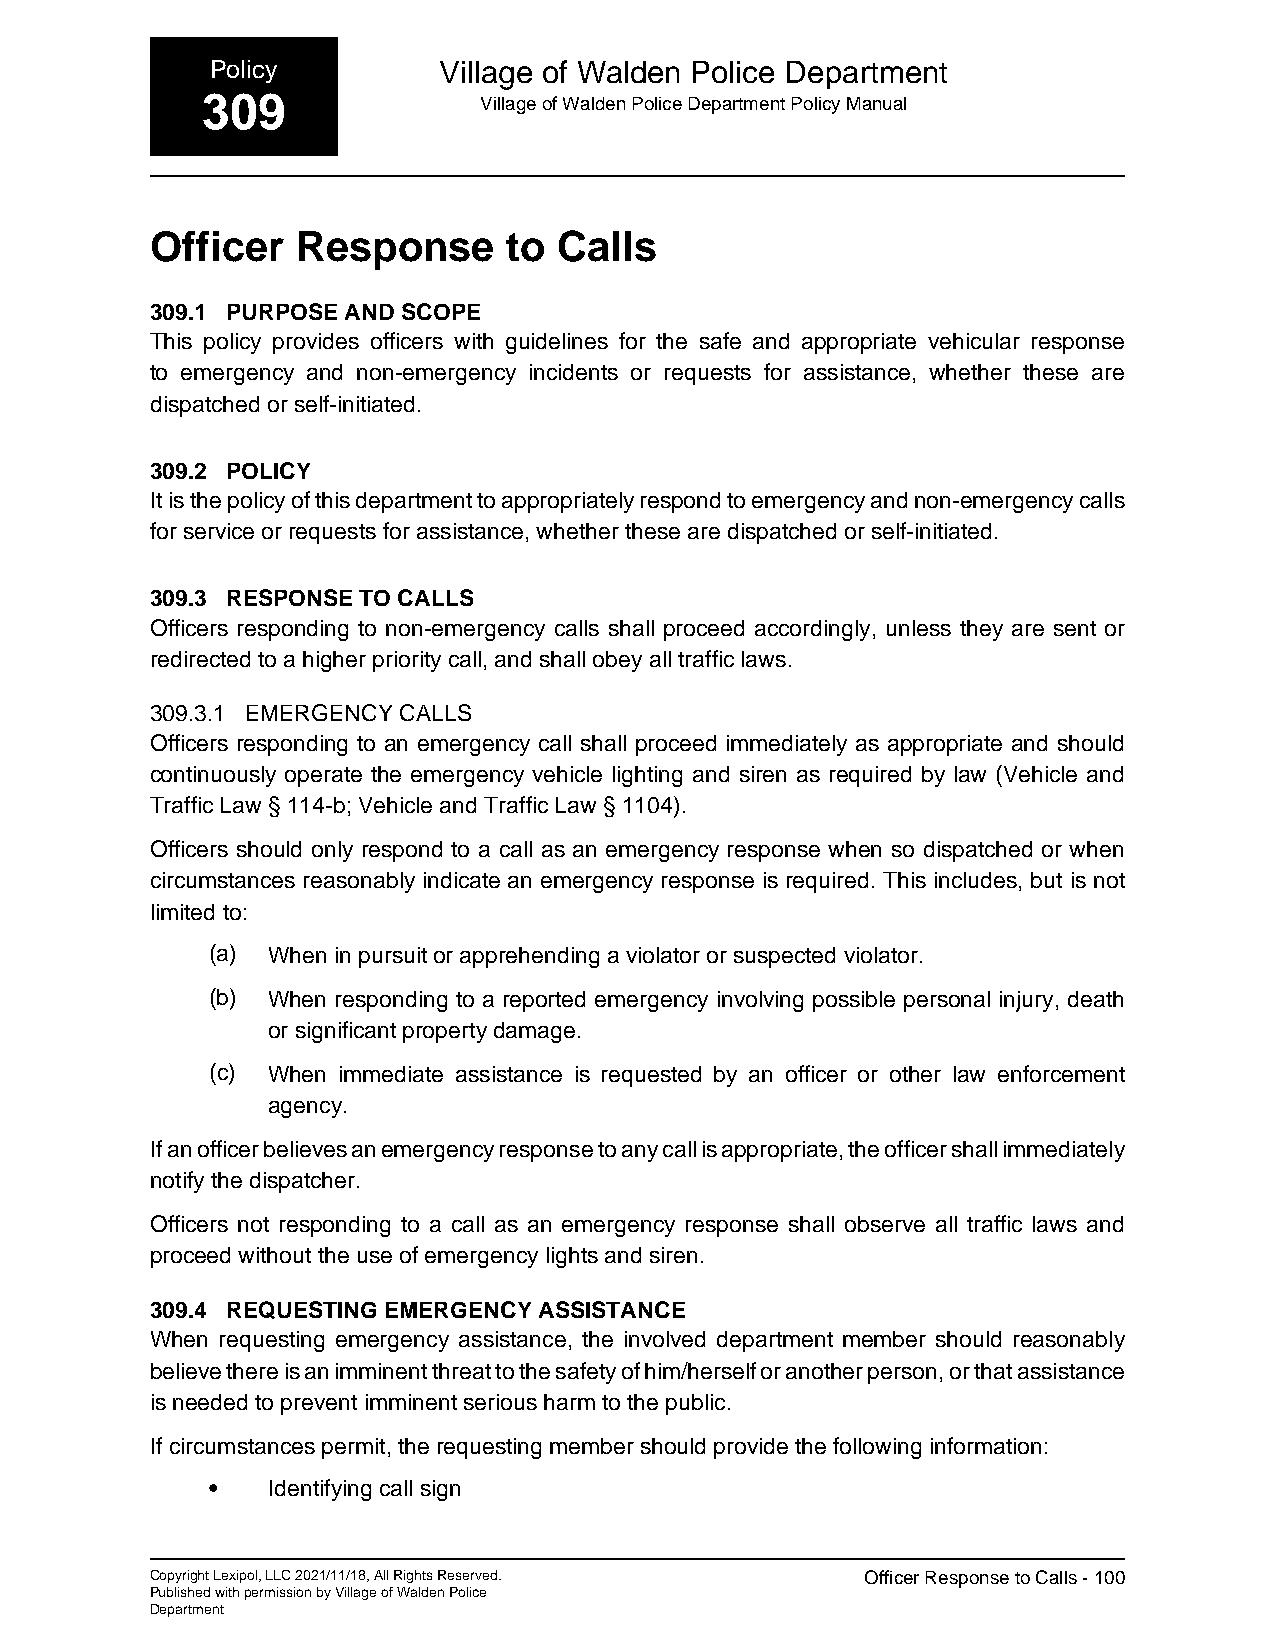
Policy         Village of Walden Police Department
 309                Village of Walden Police Department Policy Manual
 Officer   Response      to Calls
 309.1 PURPOSE AND SCOPE
 This policy provides officers with guidelines for the safe and appropriate vehicular response
 to emergency and non-emergency incidents or requests for assistance, whether these are
 dispatched or self-initiated.
 309.2 POLICY
 It is the policy of this department to appropriately respond to emergency and non-emergency calls
 for service or requests for assistance, whether these are dispatched or self-initiated.
 309.3 RESPONSE TO CALLS
 Officers responding to non-emergency calls shall proceed accordingly, unless they are sent or
 redirected to a higher priority call, and shall obey all traffic laws.
 309.3.1 EMERGENCY CALLS
 Officers responding to an emergency call shall proceed immediately as appropriate and should
 continuously operate the emergency vehicle lighting and siren as required by law (Vehicle and
 Traffic Law § 114-b; Vehicle and Traffic Law § 1104).
 Officers should only respond to a call as an emergency response when so dispatched or when
 circumstances reasonably indicate an emergency response is required. This includes, but is not
 limited to:
 (a) When in pursuit or apprehending a violator or suspected violator.
 (b) When responding to a reported emergency involving possible personal injury, death
 or significant property damage.
 (c) When immediate assistance is requested by an officer or other law enforcement
 agency.
 If an officer believes an emergency response to any call is appropriate, the officer shall immediately
 notify the dispatcher.
 Officers not responding to a call as an emergency response shall observe all traffic laws and
 proceed without the use of emergency lights and siren.
 309.4 REQUESTING EMERGENCY ASSISTANCE
 When requesting emergency assistance, the involved department member should reasonably
 believe there is an imminent threat to the safety of him/herself or another person, or that assistance
 is needed to prevent imminent serious harm to the public.
 If circumstances permit, the requesting member should provide the following information:
 •   Identifying call sign
 Copyright Lexipol, LLC 2021/11/18, All Rights Reserved. Officer Response to Calls - 100
 Published with permission by Village of Walden Police
 Department